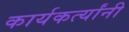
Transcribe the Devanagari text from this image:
कार्यकर्त्‍यांनी